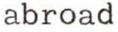
abroad